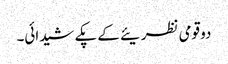
دو قومی نظریئے کے پکے شیدائی۔